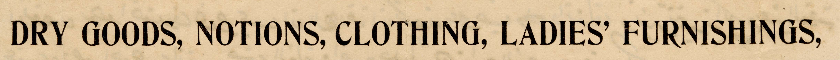
DRY GOODS, NOTIONS, CLOTHING, LADIES' FURNISHINGS,